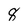
Character: 8